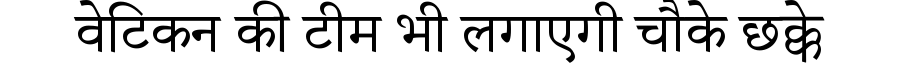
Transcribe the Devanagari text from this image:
वेटिकन की टीम भी लगाएगी चौके छक्के